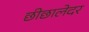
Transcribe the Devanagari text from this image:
छीछालेदर